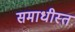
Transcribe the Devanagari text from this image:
समाधीस्त